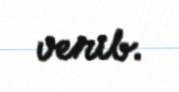
verib.